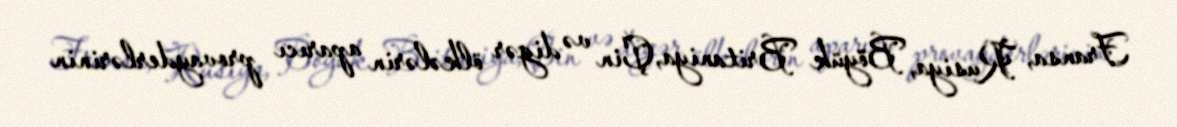
Fransa, Rusiya, Böyük Britaniya, Çin və digər ölkələrin aparıcı provayderlərinin